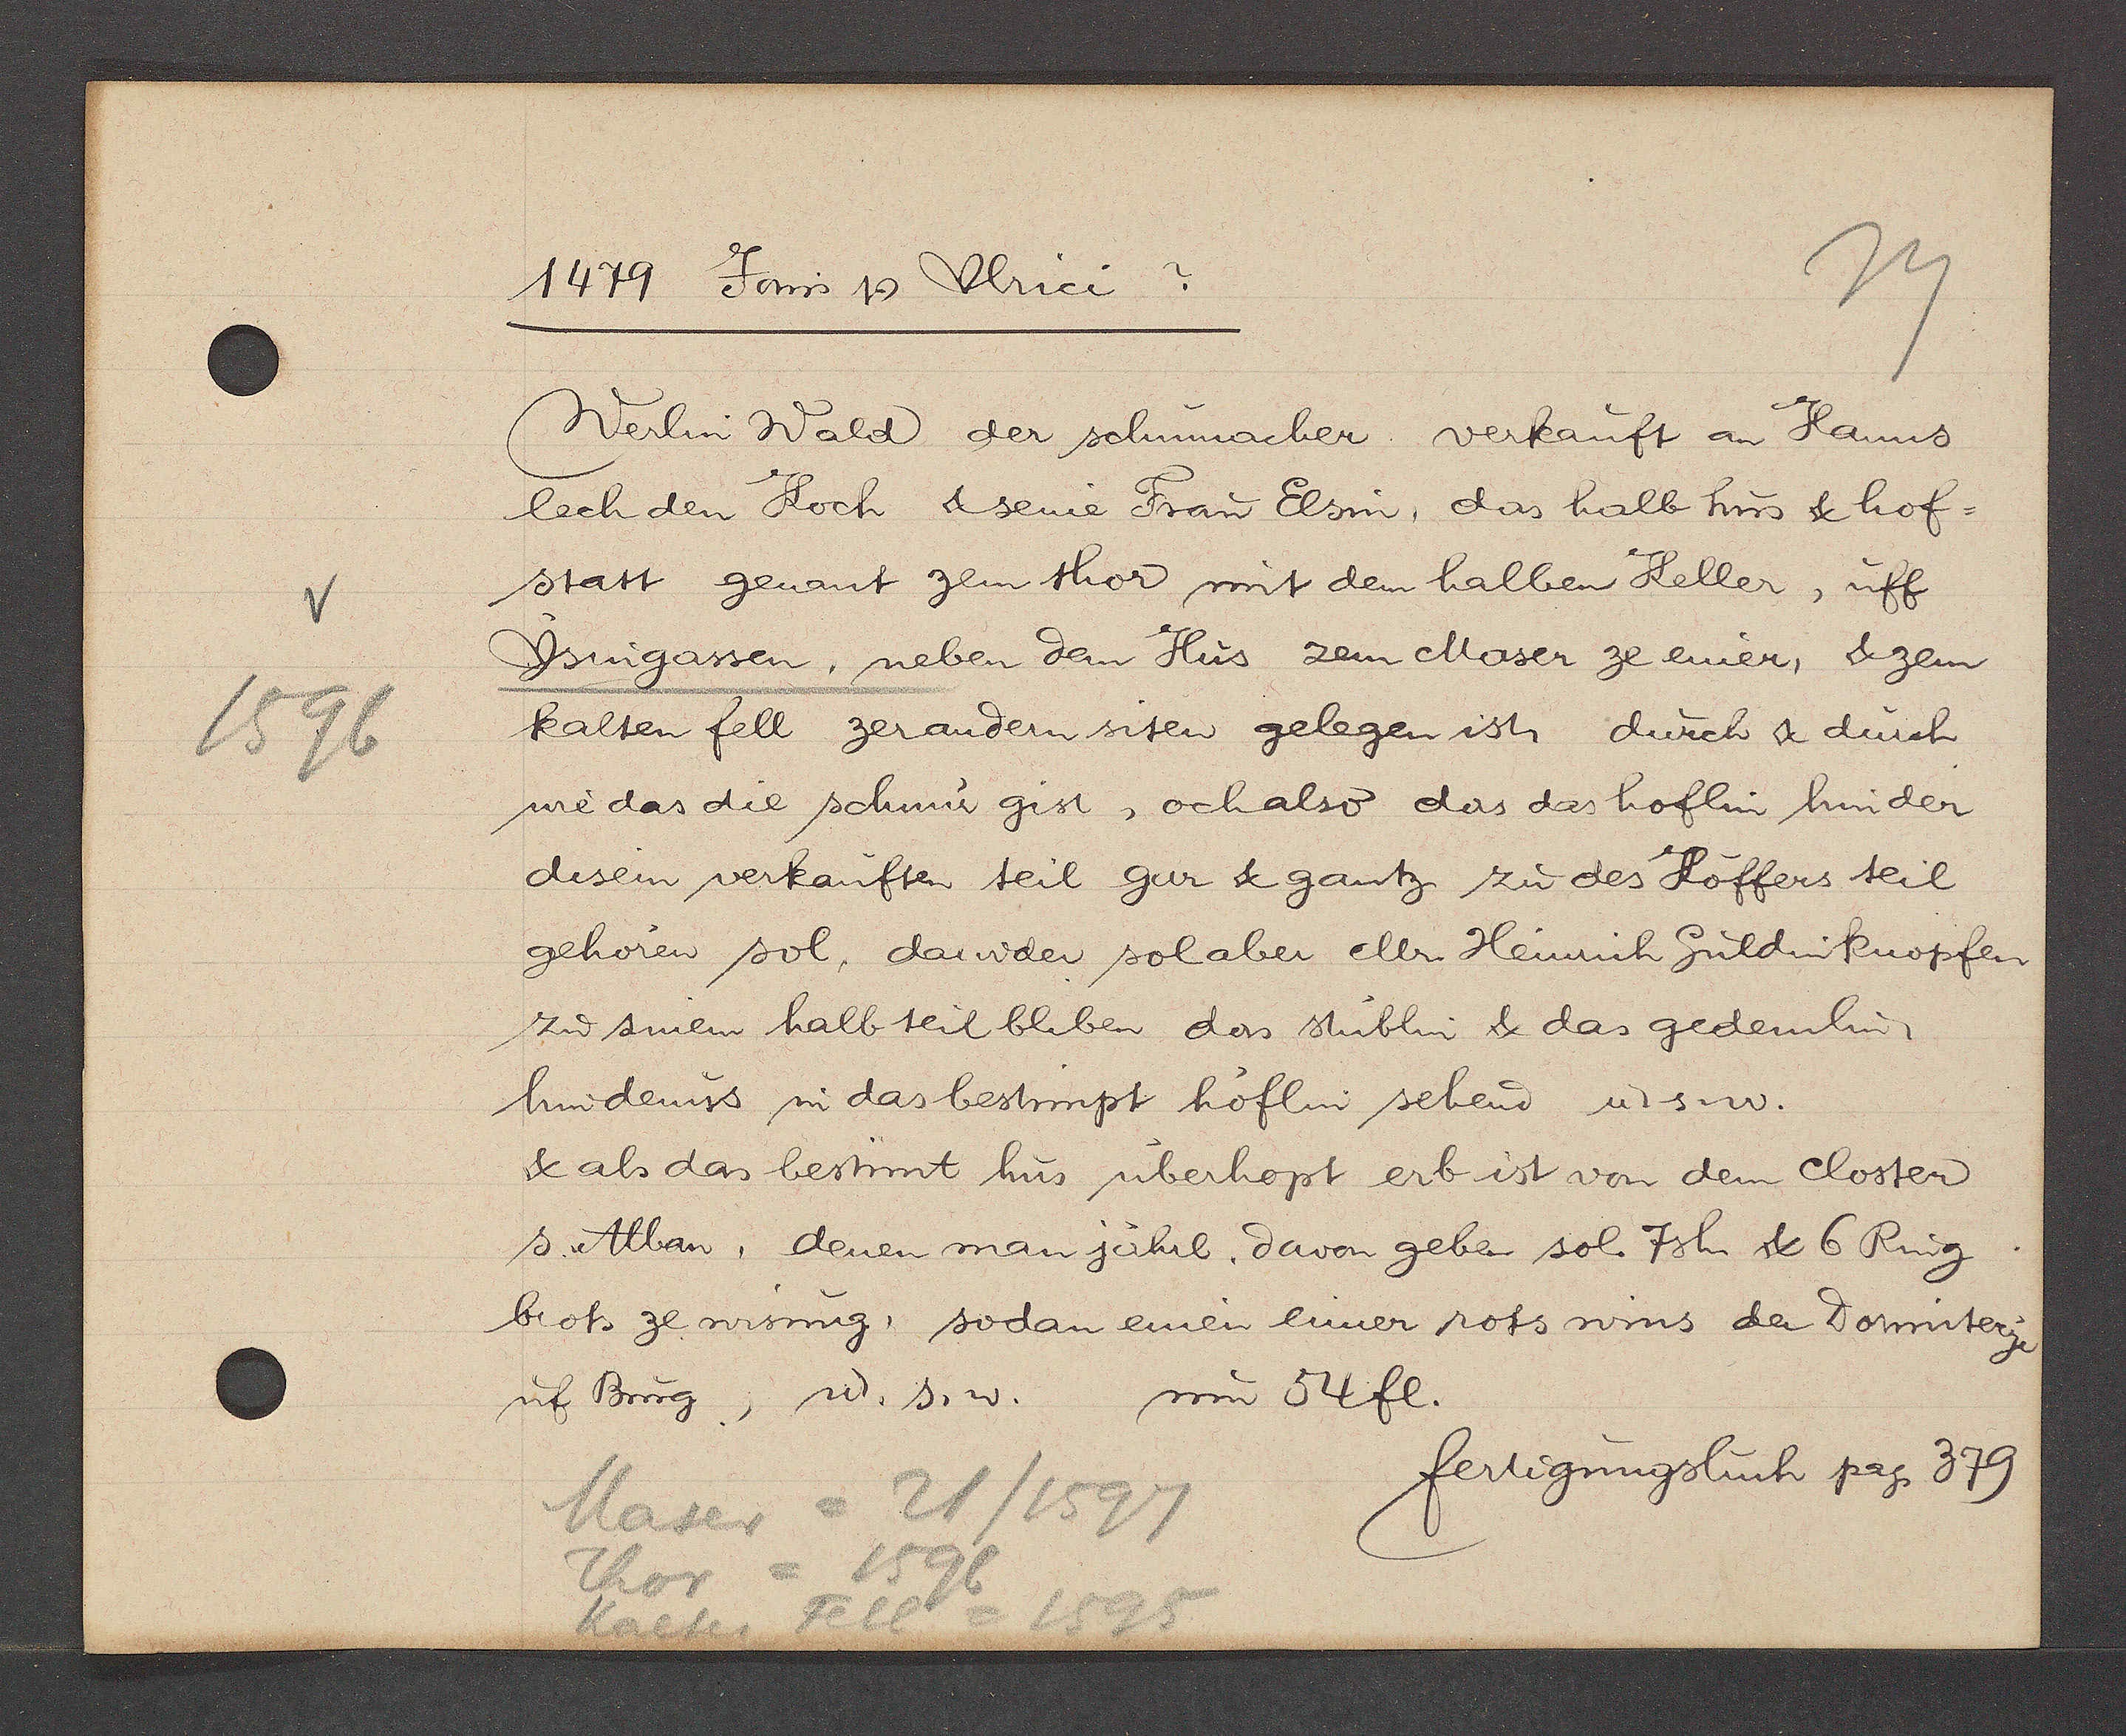
Transcript:
1596

1479 Jovis Ƿ Ulrici?

Werlin Wald der schumacher verkauft an Hanns
lech den Koch & seine Frau Elsin, das halb hus & hof¬
statt genant zem thor mit dem halben Keller, uff
Ysingassen, neben dem Hus zem Maser ze einer, & zem
kalten fell zer andern siten gelegen ist durch & durch
wie das die schnur gist, och also das das hoflin hinder
disem verkauften teil gur & gantz zu des Köffers teil
gehören sol, dawider sol aber Mr Heinrich Gulden Knopfen
zu sinem halb teil bliben ders stüblin & das gedemlin,
hindenuss in das bestimpt höflin sehend u. s w.
& als das bestimt hus uberhopt erb ist von dem Closter
s. Alban, denen man jährl. davon geben sol. 7sh & 6 Ring
brots ze wisung, sodan einen einer ross wins der Dormiterye
uf Burg, u. s. w.
um 54 fl.

Maser = 21/1597
Thor = 1596
Kaltes Fell = 1595

fertigungsbuch pag. 379